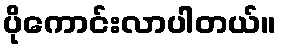
ပိုကောင်းလာပါတယ်။